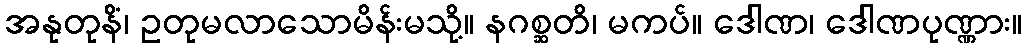
အနုတုနိံ၊ ဥတုမလာသောမိန်းမသို့။ နဂစ္ဆတိ၊ မကပ်။ ဒေါဏ၊ ဒေါဏပုဏ္ဏား။